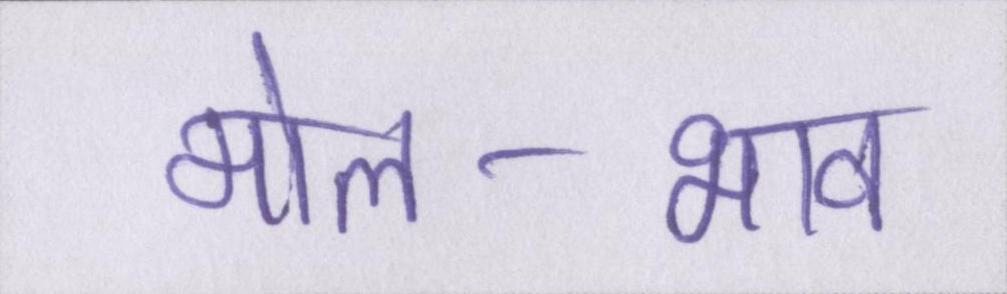
मोल-भाव